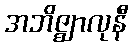
အဘိဇ္ဈာလုနီ